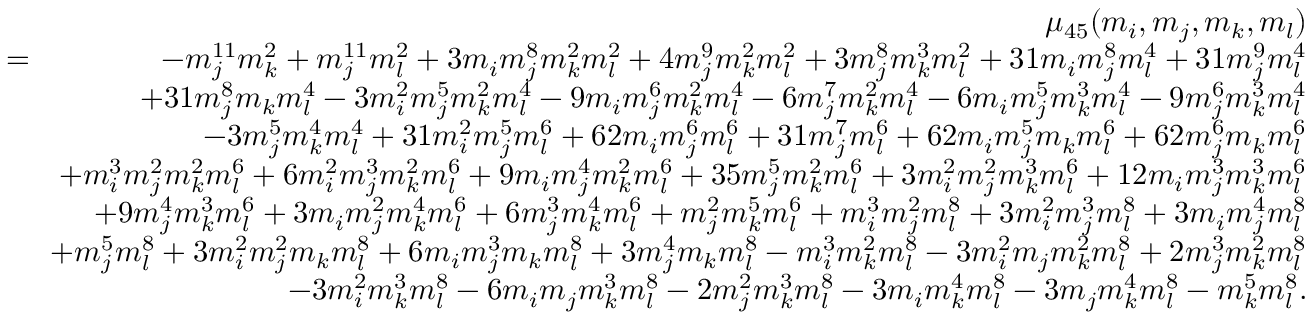
\begin{array} { r l r } & { } & { \mu _ { 4 5 } ( m _ { i } , m _ { j } , m _ { k } , m _ { l } ) } \\ & { \! \! = \! \! } & { - m _ { j } ^ { 1 1 } m _ { k } ^ { 2 } + m _ { j } ^ { 1 1 } m _ { l } ^ { 2 } + 3 m _ { i } m _ { j } ^ { 8 } m _ { k } ^ { 2 } m _ { l } ^ { 2 } + 4 m _ { j } ^ { 9 } m _ { k } ^ { 2 } m _ { l } ^ { 2 } + 3 m _ { j } ^ { 8 } m _ { k } ^ { 3 } m _ { l } ^ { 2 } + 3 1 m _ { i } m _ { j } ^ { 8 } m _ { l } ^ { 4 } + 3 1 m _ { j } ^ { 9 } m _ { l } ^ { 4 } } \\ & { } & { + 3 1 m _ { j } ^ { 8 } m _ { k } m _ { l } ^ { 4 } - 3 m _ { i } ^ { 2 } m _ { j } ^ { 5 } m _ { k } ^ { 2 } m _ { l } ^ { 4 } - 9 m _ { i } m _ { j } ^ { 6 } m _ { k } ^ { 2 } m _ { l } ^ { 4 } - 6 m _ { j } ^ { 7 } m _ { k } ^ { 2 } m _ { l } ^ { 4 } - 6 m _ { i } m _ { j } ^ { 5 } m _ { k } ^ { 3 } m _ { l } ^ { 4 } - 9 m _ { j } ^ { 6 } m _ { k } ^ { 3 } m _ { l } ^ { 4 } } \\ & { } & { - 3 m _ { j } ^ { 5 } m _ { k } ^ { 4 } m _ { l } ^ { 4 } + 3 1 m _ { i } ^ { 2 } m _ { j } ^ { 5 } m _ { l } ^ { 6 } + 6 2 m _ { i } m _ { j } ^ { 6 } m _ { l } ^ { 6 } + 3 1 m _ { j } ^ { 7 } m _ { l } ^ { 6 } + 6 2 m _ { i } m _ { j } ^ { 5 } m _ { k } m _ { l } ^ { 6 } + 6 2 m _ { j } ^ { 6 } m _ { k } m _ { l } ^ { 6 } } \\ & { } & { + m _ { i } ^ { 3 } m _ { j } ^ { 2 } m _ { k } ^ { 2 } m _ { l } ^ { 6 } + 6 m _ { i } ^ { 2 } m _ { j } ^ { 3 } m _ { k } ^ { 2 } m _ { l } ^ { 6 } + 9 m _ { i } m _ { j } ^ { 4 } m _ { k } ^ { 2 } m _ { l } ^ { 6 } + 3 5 m _ { j } ^ { 5 } m _ { k } ^ { 2 } m _ { l } ^ { 6 } + 3 m _ { i } ^ { 2 } m _ { j } ^ { 2 } m _ { k } ^ { 3 } m _ { l } ^ { 6 } + 1 2 m _ { i } m _ { j } ^ { 3 } m _ { k } ^ { 3 } m _ { l } ^ { 6 } } \\ & { } & { + 9 m _ { j } ^ { 4 } m _ { k } ^ { 3 } m _ { l } ^ { 6 } + 3 m _ { i } m _ { j } ^ { 2 } m _ { k } ^ { 4 } m _ { l } ^ { 6 } + 6 m _ { j } ^ { 3 } m _ { k } ^ { 4 } m _ { l } ^ { 6 } + m _ { j } ^ { 2 } m _ { k } ^ { 5 } m _ { l } ^ { 6 } + m _ { i } ^ { 3 } m _ { j } ^ { 2 } m _ { l } ^ { 8 } + 3 m _ { i } ^ { 2 } m _ { j } ^ { 3 } m _ { l } ^ { 8 } + 3 m _ { i } m _ { j } ^ { 4 } m _ { l } ^ { 8 } } \\ & { } & { + m _ { j } ^ { 5 } m _ { l } ^ { 8 } + 3 m _ { i } ^ { 2 } m _ { j } ^ { 2 } m _ { k } m _ { l } ^ { 8 } + 6 m _ { i } m _ { j } ^ { 3 } m _ { k } m _ { l } ^ { 8 } + 3 m _ { j } ^ { 4 } m _ { k } m _ { l } ^ { 8 } - m _ { i } ^ { 3 } m _ { k } ^ { 2 } m _ { l } ^ { 8 } - 3 m _ { i } ^ { 2 } m _ { j } m _ { k } ^ { 2 } m _ { l } ^ { 8 } + 2 m _ { j } ^ { 3 } m _ { k } ^ { 2 } m _ { l } ^ { 8 } } \\ & { } & { - 3 m _ { i } ^ { 2 } m _ { k } ^ { 3 } m _ { l } ^ { 8 } - 6 m _ { i } m _ { j } m _ { k } ^ { 3 } m _ { l } ^ { 8 } - 2 m _ { j } ^ { 2 } m _ { k } ^ { 3 } m _ { l } ^ { 8 } - 3 m _ { i } m _ { k } ^ { 4 } m _ { l } ^ { 8 } - 3 m _ { j } m _ { k } ^ { 4 } m _ { l } ^ { 8 } - m _ { k } ^ { 5 } m _ { l } ^ { 8 } . } \end{array}